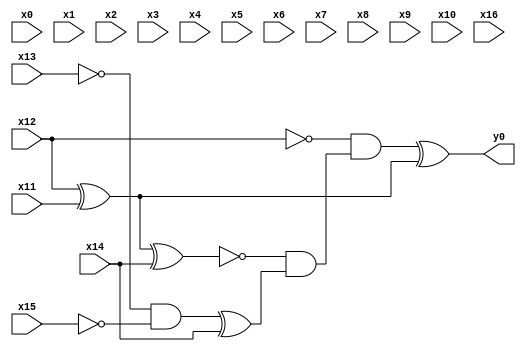
module top( x0 , x1 , x2 , x3 , x4 , x5 , x6 , x7 , x8 , x9 , x10 , x11 , x12 , x13 , x14 , x15 , x16 , y0 );
  input x0 , x1 , x2 , x3 , x4 , x5 , x6 , x7 , x8 , x9 , x10 , x11 , x12 , x13 , x14 , x15 , x16 ;
  output y0 ;
  wire n18 , n19 , n20 , n21 , n22 , n23 , n24 ;
  assign n18 = x12 ^ x11 ;
  assign n19 = n18 ^ x14 ;
  assign n20 = ~x13 & ~x15 ;
  assign n21 = n20 ^ x14 ;
  assign n22 = ~n19 & n21 ;
  assign n23 = ~x12 & n22 ;
  assign n24 = n23 ^ n18 ;
  assign y0 = n24 ;
endmodule